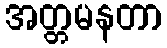
အတ္တမနတာ